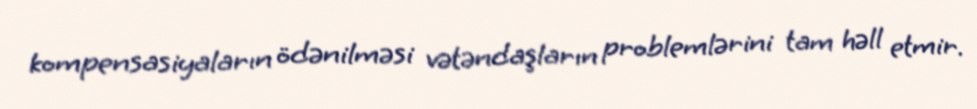
kompensasiyaların ödənilməsi vətəndaşların problemlərini tam həll etmir.